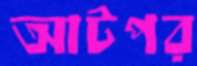
আটপর